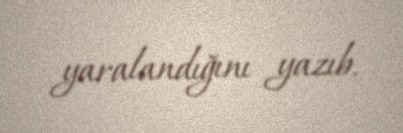
yaralandığını yazıb.